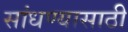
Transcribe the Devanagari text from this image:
सांधण्यासाठी